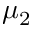
\mu _ { 2 }